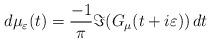
LaTeX: \begin{align*}d\mu_\varepsilon(t) = \frac{-1}{\pi} \Im(G_\mu(t+i\varepsilon))\, dt\end{align*}